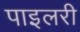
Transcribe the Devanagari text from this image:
पाइलरी